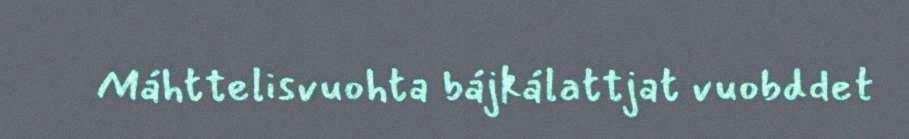
Máhttelisvuohta bájkálattjat vuobddet